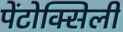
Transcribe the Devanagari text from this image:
पेंटोक्सिली